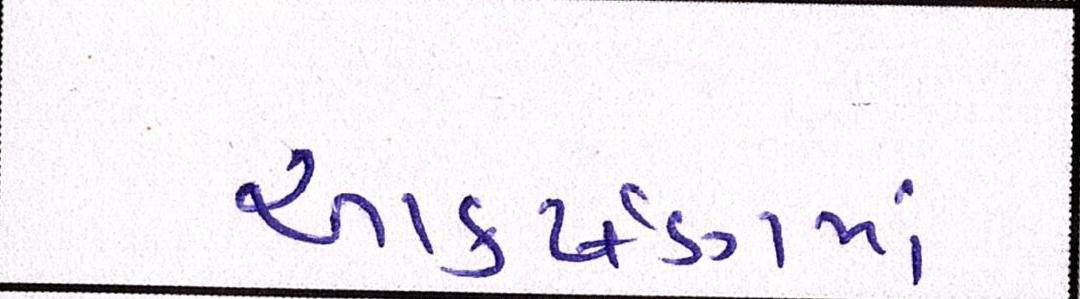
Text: આકર્ષણમાં